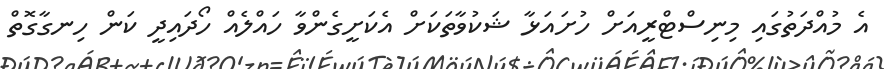
އެ މުއްދަތުގައި މިނިސްޓްރީއަށް ހުށައަޅާ ޝަކުވާތަަކަށް އެކަށީގެންވާ ހައްލެއް ހޯދައިދީ ކަން ހިނގާގޮތް